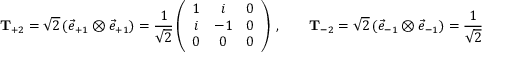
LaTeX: { \bf T } _ { + 2 } = \sqrt { 2 } \left( { \vec { e } } _ { + 1 } \otimes { \vec { e } } _ { + 1 } \right) = \frac { 1 } { \sqrt { 2 } } \left( \begin{array} { c c c } { { 1 } } & { { i } } & { { 0 } } \\ { { i } } & { { - 1 } } & { { 0 } } \\ { { 0 } } & { { 0 } } & { { 0 } } \end{array} \right) ~ , \quad \quad { \bf T } _ { - 2 } = \sqrt { 2 } \left( { \vec { e } } _ { - 1 } \otimes { \vec { e } } _ { - 1 } \right) = \frac { 1 } { \sqrt { 2 } } \left( \begin{array} { c c c } { { 1 } } & { { - i } } & { { 0 } } \\ { { - i } } & { { - 1 } } & { { 0 } } \\ { { 0 } } & { { 0 } } & { { 0 } } \end{array} \right) ~ ,